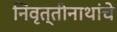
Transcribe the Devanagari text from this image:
निवृत्तीनाथांचे